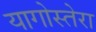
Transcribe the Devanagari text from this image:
यागोस्तेरा